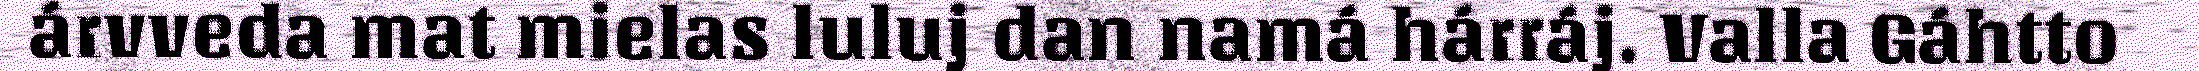
árvveda mat mielas luluj dan namá hárráj. Valla Gáhtto